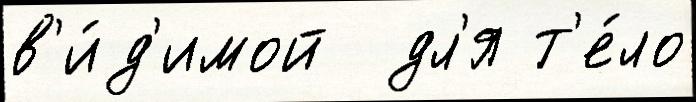
в'и́д'имой  дл'я т'е́ло